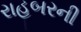
રાહબરની